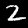
Digit: 2